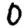
Digit: 0